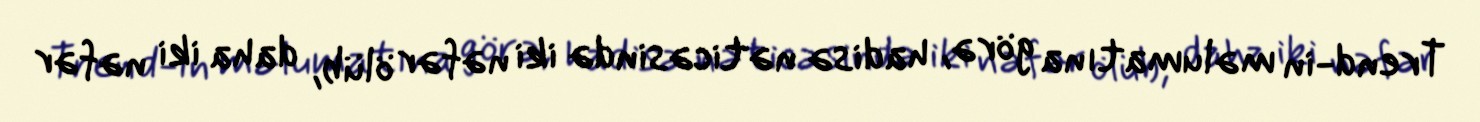
Trend-in məlumatına görə, hadisə nəticəsində iki nəfər ölüb, daha iki nəfər